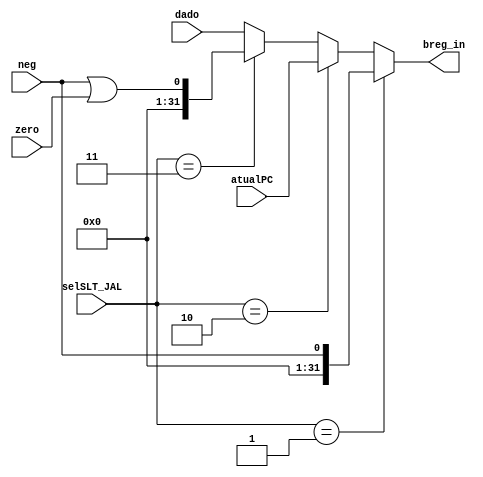
module mux_breg_slt_jal(selSLT_JAL, dado, neg, zero, atualPC, breg_in);

input [31:0] dado, atualPC;
input neg;
input zero;
input [1:0] selSLT_JAL;
output [31:0] breg_in;


// 1: SLT
// 2: JAL
// 3: SLET
assign breg_in = (selSLT_JAL == 1)? ({{31{1'b0}},neg}) : ((selSLT_JAL == 2)? atualPC: ((selSLT_JAL == 3)?{{31{1'b0}},(neg||zero)}:dado));


endmodule